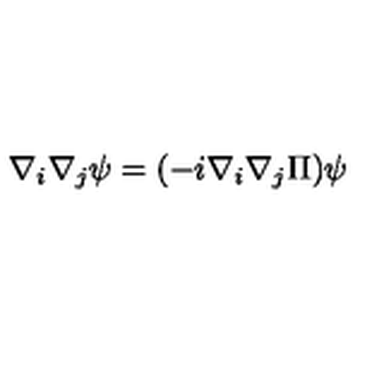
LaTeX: \nabla _ { i } \nabla _ { j } \psi = ( - i \nabla _ { i } \mathrm { } \nabla _ { j } \Pi ) \psi